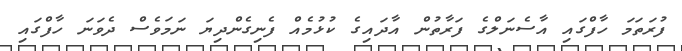
ފުރަތަމަ ހާފްގައި އާސެނަލްގެ ފަރާތުން އާދައިގެ ކުޅުމެއް ފެނިގެންދިޔަ ނަމަވެސް ދެވަނަ ހާފްގައި